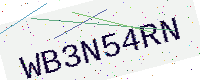
Text: WB3N54RN